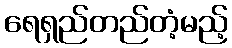
ရေရှည်တည်တံ့မည့်